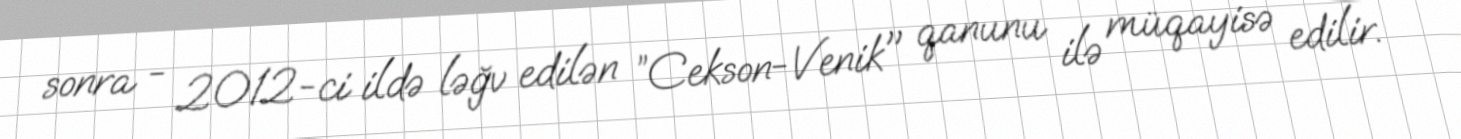
sonra - 2012-ci ildə ləğv edilən ”Cekson-Venik" qanunu ilə müqayisə edilir.